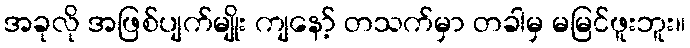
အခုလို အဖြစ်ပျက်မျိုး ကျနော့် တသက်မှာ တခါမှ မမြင်ဖူးဘူး။